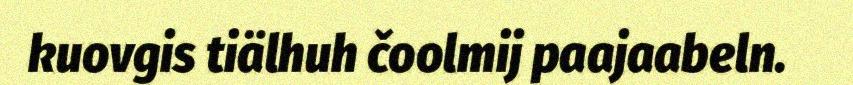
kuovgis tiälhuh čoolmij paajaabeln.